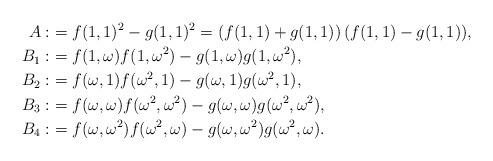
LaTeX: \begin{align*} A: & = f(1,1)^2-g(1,1)^2=\left(f(1,1)+g(1,1)\right)(f(1,1)-g(1,1)),\\B_1: & = f(1,\omega)f(1,\omega^2)- g(1,\omega)g(1,\omega^2),\\B_2: & = f(\omega,1)f(\omega^2,1)- g(\omega,1)g(\omega^2,1),\\B_3: & = f(\omega,\omega)f(\omega^2,\omega^2)- g(\omega,\omega)g(\omega^2,\omega^2),\\B_4: & = f(\omega,\omega^2)f(\omega^2,\omega)- g(\omega,\omega^2)g(\omega^2,\omega).\end{align*}